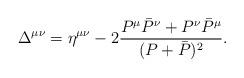
LaTeX: \begin{align*}\Delta ^{\mu \nu }=\eta^{\mu \nu }-2\frac{P^{\mu }\bar{P}^{\nu }+P^{\nu }\bar{P}^{\mu }}{(P+\bar{P})^2}. \end{align*}